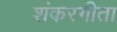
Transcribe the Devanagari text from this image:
शंकरगीता